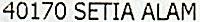
40170 SETIA ALAM